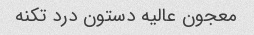
معجون عالیه دستون درد تکنه